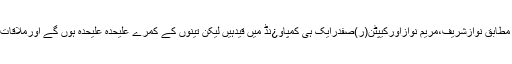
میڈیا رپورٹس کے مطابق نوازشریف،مریم نوازاورکیپٹن(ر)صفدرایک ہی کمپاو¿نڈ میں قیدہیں لیکن تینوں کے کمرے علیحدہ علیحدہ ہوں گے اورملاقات بھی کرسکیں گے۔